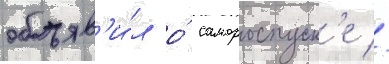
объяв'и́л о́ самороспуск'е //